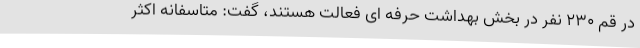
در قم 230 نفر در بخش بهداشت حرفه ای فعالت هستند، گفت: متاسفانه اکثر